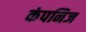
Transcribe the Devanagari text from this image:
कंपनिज